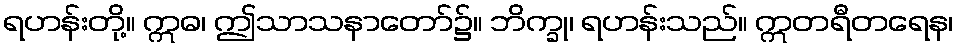
ရဟန်းတို့။ ဣဓ၊ ဤသာသနာတော်၌။ ဘိက္ခု၊ ရဟန်းသည်။ ဣတရီတရေန၊